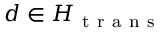
d \in H _ { \mathrm { ~ t ~ r ~ a ~ n ~ s ~ } }